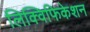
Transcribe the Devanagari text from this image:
लिक्विफिकेशन